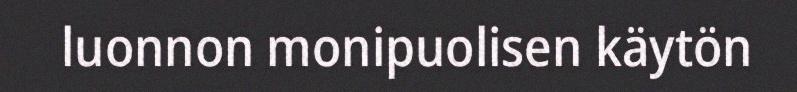
luonnon monipuolisen käytön